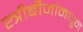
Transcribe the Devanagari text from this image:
स्त्रीबीजांमधून